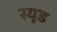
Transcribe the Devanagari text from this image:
स्यूड